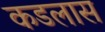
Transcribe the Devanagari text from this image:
कडलास